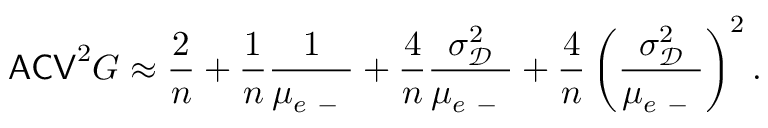
\mathsf { A C V } ^ { 2 } G \approx \frac { 2 } { n } + \frac { 1 } { n } \frac { 1 } { \mu _ { e \mathrm { ~ - ~ } } } + \frac { 4 } { n } \frac { \sigma _ { \mathscr D } ^ { 2 } } { \mu _ { e \mathrm { ~ - ~ } } } + \frac { 4 } { n } \left( \frac { \sigma _ { \mathscr D } ^ { 2 } } { \mu _ { e \mathrm { ~ - ~ } } } \right) ^ { 2 } .